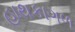
હાથકાગળ